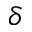
\delta